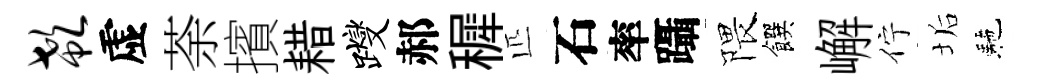
欷虚荼擯耤躞郝穉匹石率躡隈饌嶰佇垢駰